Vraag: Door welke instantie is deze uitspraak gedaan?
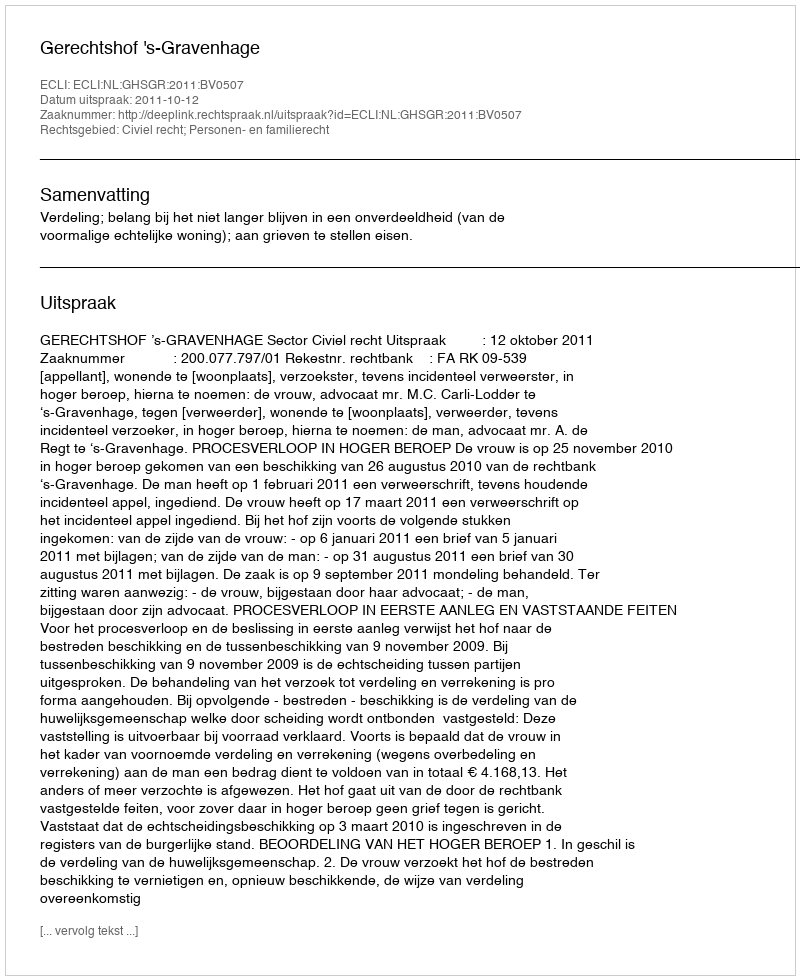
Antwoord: Gerechtshof 's-Gravenhage